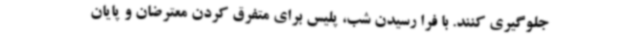
جلوگیری کنند. با فرا رسیدن شب، پلیس برای متفرق کردن معترضان و پایان